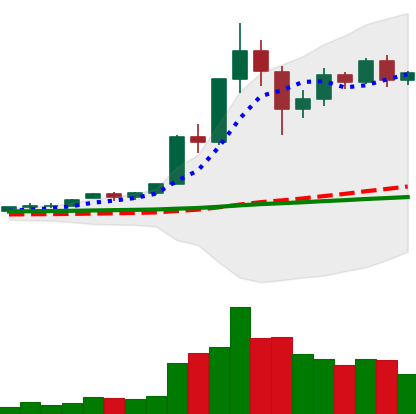
Ticker: XRP-USD
Chart end date: 2020-12-02
Forward return: -3.327%
Label: down_3_5